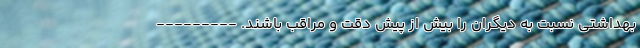
بهداشتی نسبت به دیگران را بیش از پیش دقت و مراقب باشند. ---------